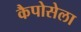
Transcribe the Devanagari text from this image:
कैपोसेला